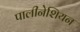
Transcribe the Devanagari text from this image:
पालीनेशियन